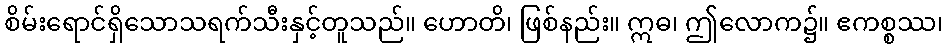
စိမ်းရောင်ရှိသောသရက်သီးနှင့်တူသည်။ ဟောတိ၊ ဖြစ်နည်း။ ဣဓ၊ ဤလောက၌။ ဧကစ္စဿ၊